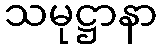
သမုဋ္ဌာနာ